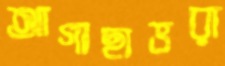
আগাছাভরা